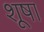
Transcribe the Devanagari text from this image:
शूषा